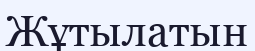
Жұтылатын